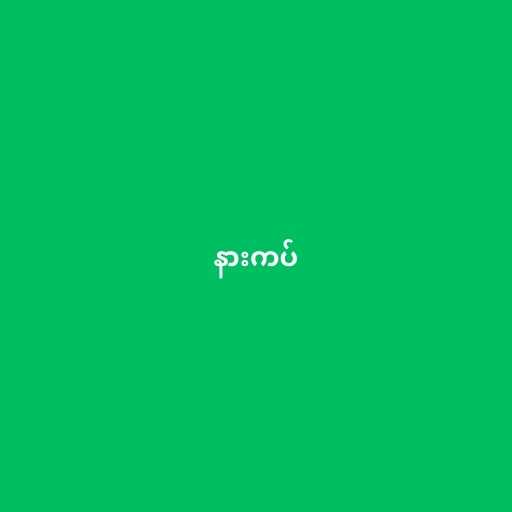
နားကပ်